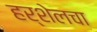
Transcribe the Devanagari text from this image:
हर्शेलचा